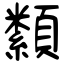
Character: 纇